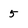
Character: 5